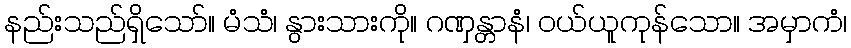
နည်းသည်ရှိသော်။ မံသံ၊ နွားသားကို။ ဂဏှန္တာနံ၊ ဝယ်ယူကုန်သော။ အမှာကံ၊